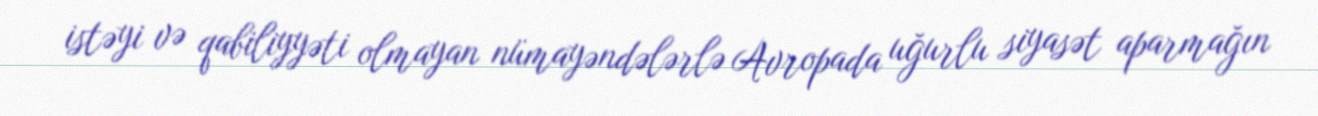
istəyi və qabiliyyəti olmayan nümayəndələrlə Avropada uğurlu siyasət aparmağın